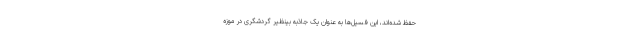
حفظ شده‌اند، این فسیل‌ها به عنوان یک جاذبه بینظیر گردشگری در موزه